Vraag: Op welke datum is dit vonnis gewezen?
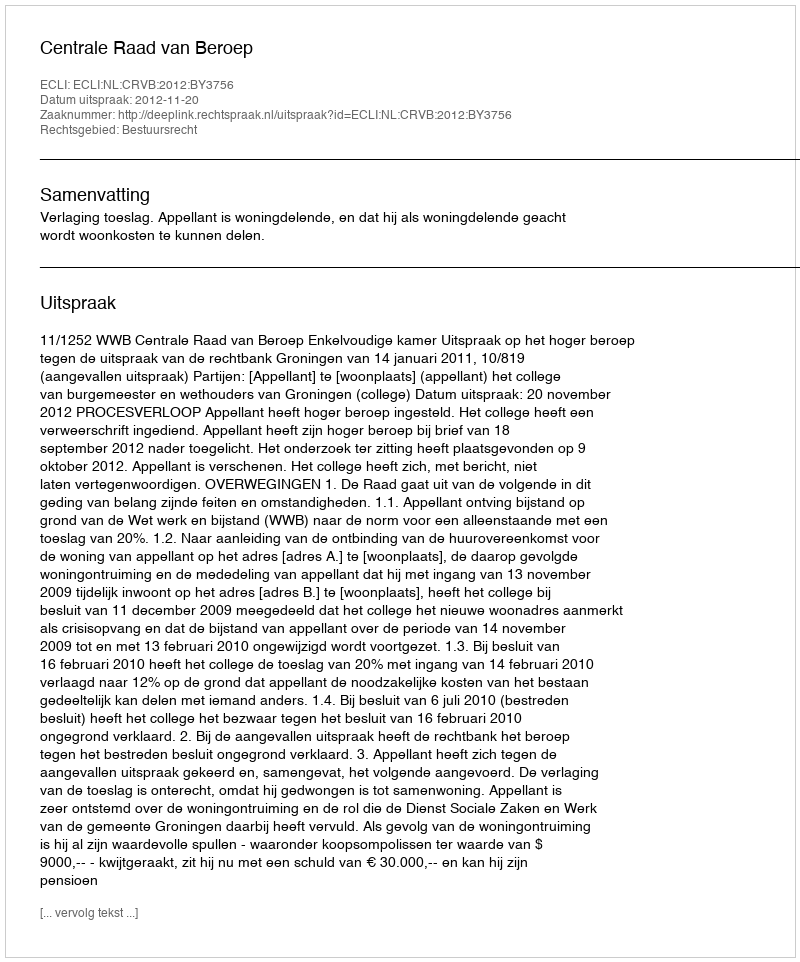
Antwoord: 2012-11-20